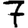
Digit: 7